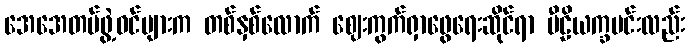
အေအေတပ်ဖွဲ့ဝင်များက တစ်နှစ်လောက် ဈေးကွက်ရှာဖွေရေးဆိုင်ရာ ပီဠိယက္ခမင်းလည်း